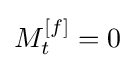
M_{t}^{[f]}=0